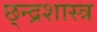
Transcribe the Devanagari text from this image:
छ्न्द्रशास्त्र